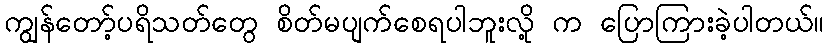
ကျွန်တော့်ပရိသတ်တွေ စိတ်မပျက်စေရပါဘူးလို့ က ပြောကြားခဲ့ပါတယ်။